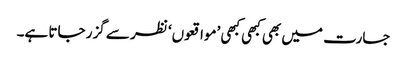
جسارت میں بھی کبھی کبھی ’مواقعوں‘ نظر سے گزر جاتا ہے۔